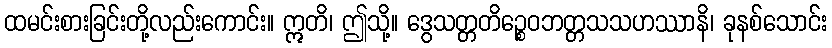
ထမင်းစားခြင်းတို့လည်းကောင်း။ ဣတိ၊ ဤသို့။ ဒွေသတ္တတိဉ္စေဝဘတ္တသသဟဿာနိ၊ ခုနစ်သောင်း